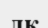
лк